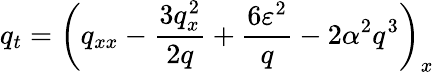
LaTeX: q_{t}=\left(q_{xx}-\frac{3q_{x}^{2}}{2q}+\frac{6\varepsilon^{2}}{q}-2\alpha^{2}q^{3}\right)_{x}